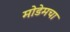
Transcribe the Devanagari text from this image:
मोडेमचा